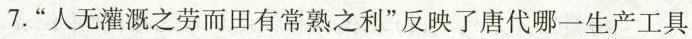
7.”人无灌溉之劳而田有常熟之利”反映了唐代哪一生产工具